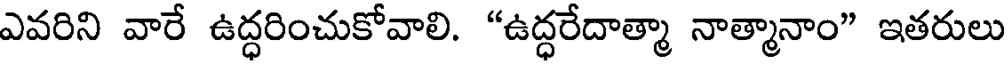
ఎవరిని వారే ఉద్ధరించుకోవాలి. "ఉద్ధరేదాత్మా నాత్మానాం" ఇతరులు